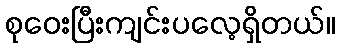
စုဝေးပြီးကျင်းပလေ့ရှိတယ်။